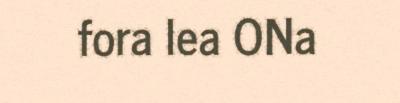
fora lea ONa